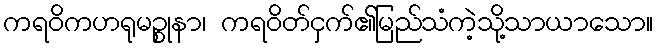
ကရဝိကဟရုမဉ္စုနာ၊ ကရဝိတ်ငှက်၏မြည်သံကဲ့သို့သာယာသော။